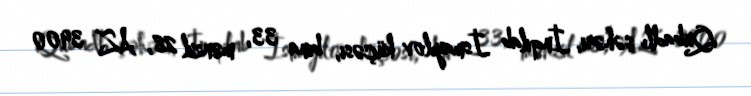
Qubadlı şəhəri, İnqilab İsmayılov küçəsi, bina 33, mənzil 28, AZ 3900